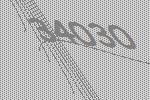
34030